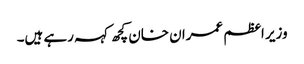
وزیر اعظم عمران خان کچھ کہہ رہے ہیں۔